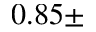
0 . 8 5 \pm